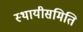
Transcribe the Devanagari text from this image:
स्थायीसमिति